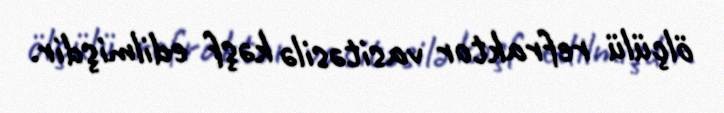
ölçülü refraktor vasitəsilə kəşf edilmişdir.